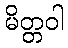
မိတ္တဝါ